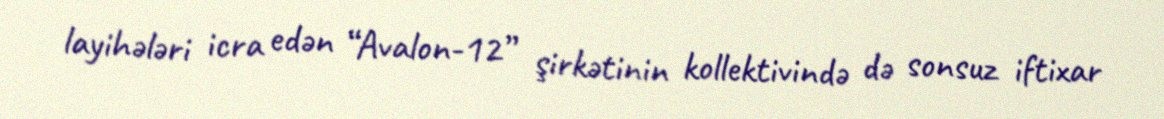
layihələri icra edən “Avalon-12” şirkətinin kollektivində də sonsuz iftixar